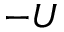
- U